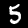
Label: 5